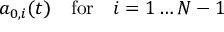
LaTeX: a _ { 0 , i } ( t ) \quad \mathrm { f o r } \quad i = 1 \dots N - 1